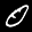
Label: 0